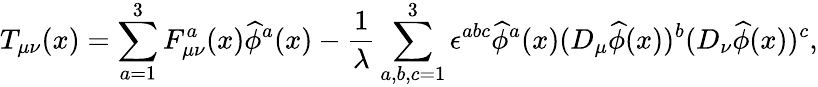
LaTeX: T_{\mu\nu}(x)=\sum_{a=1}^{3}F_{\mu\nu}^{a}(x)\widehat{\phi}^{a}(x)-\frac{1}{\lambda}\sum_{a,b,c=1}^{3}\epsilon^{abc}\widehat{\phi}^{a}(x)(D_{\mu}\widehat{\phi}(x))^{b}(D_{\nu}\widehat{\phi}(x))^{c},